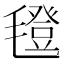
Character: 𣰆